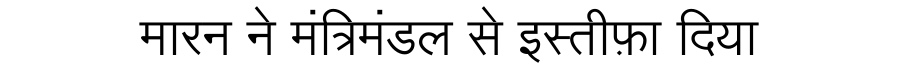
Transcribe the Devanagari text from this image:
मारन ने मंत्रिमंडल से इस्तीफ़ा दिया